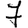
Digit: 7